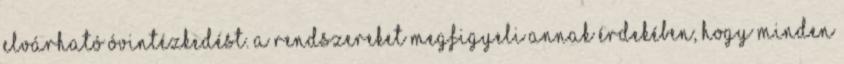
elvárható óvintézkedést. A rendszereket megfigyeli annak érdekében, hogy minden